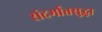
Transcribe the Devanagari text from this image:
संदर्भातसुद्धा